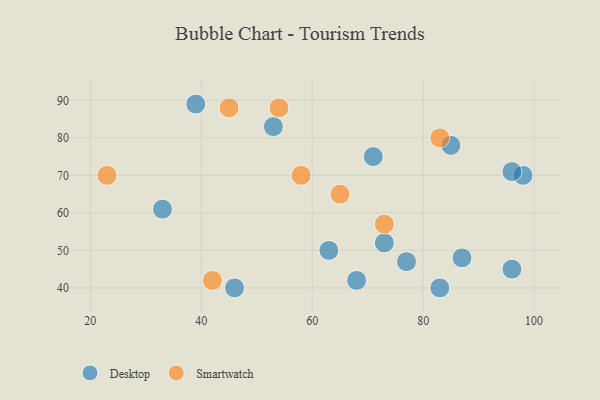
{"axis": {"x": "GDP", "y": "Life Expectancy"}, "legend": ["Desktop", "Smartwatch"], "data": [{"x": "71", "y": 75, "type": "Desktop"}, {"x": "98", "y": 70, "type": "Desktop"}, {"x": "46", "y": 40, "type": "Desktop"}, {"x": "68", "y": 42, "type": "Desktop"}, {"x": "39", "y": 89, "type": "Desktop"}, {"x": "63", "y": 50, "type": "Desktop"}, {"x": "73", "y": 52, "type": "Desktop"}, {"x": "77", "y": 47, "type": "Desktop"}, {"x": "87", "y": 48, "type": "Desktop"}, {"x": "83", "y": 40, "type": "Desktop"}, {"x": "53", "y": 83, "type": "Desktop"}, {"x": "96", "y": 45, "type": "Desktop"}, {"x": "33", "y": 61, "type": "Desktop"}, {"x": "85", "y": 78, "type": "Desktop"}, {"x": "96", "y": 71, "type": "Desktop"}, {"x": "83", "y": 80, "type": "Smartwatch"}, {"x": "58", "y": 70, "type": "Smartwatch"}, {"x": "54", "y": 88, "type": "Smartwatch"}, {"x": "42", "y": 42, "type": "Smartwatch"}, {"x": "45", "y": 88, "type": "Smartwatch"}, {"x": "65", "y": 65, "type": "Smartwatch"}, {"x": "23", "y": 70, "type": "Smartwatch"}, {"x": "73", "y": 57, "type": "Smartwatch"}]}